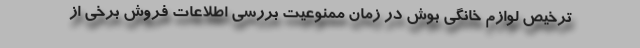
ترخیص لوازم خانگی بوش در زمان ممنوعیت بررسی اطلاعات فروش برخی از